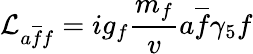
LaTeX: {\cal L}_{a\overline{{f}}f}=ig_{f}{\frac{m_{f}}{v}}a\overline{{f}}\gamma_{5}f